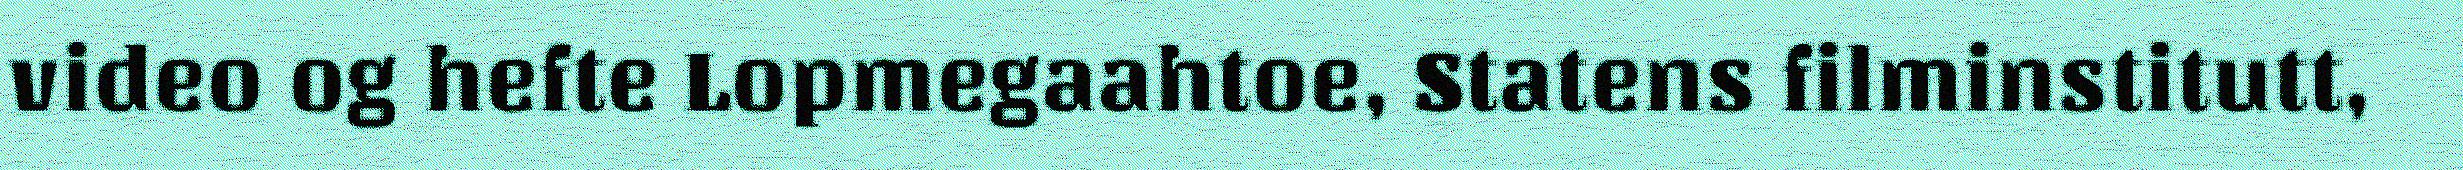
video og hefte Lopmegaahtoe, Statens filminstitutt,